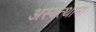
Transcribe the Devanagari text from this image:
अस्वत्थामा